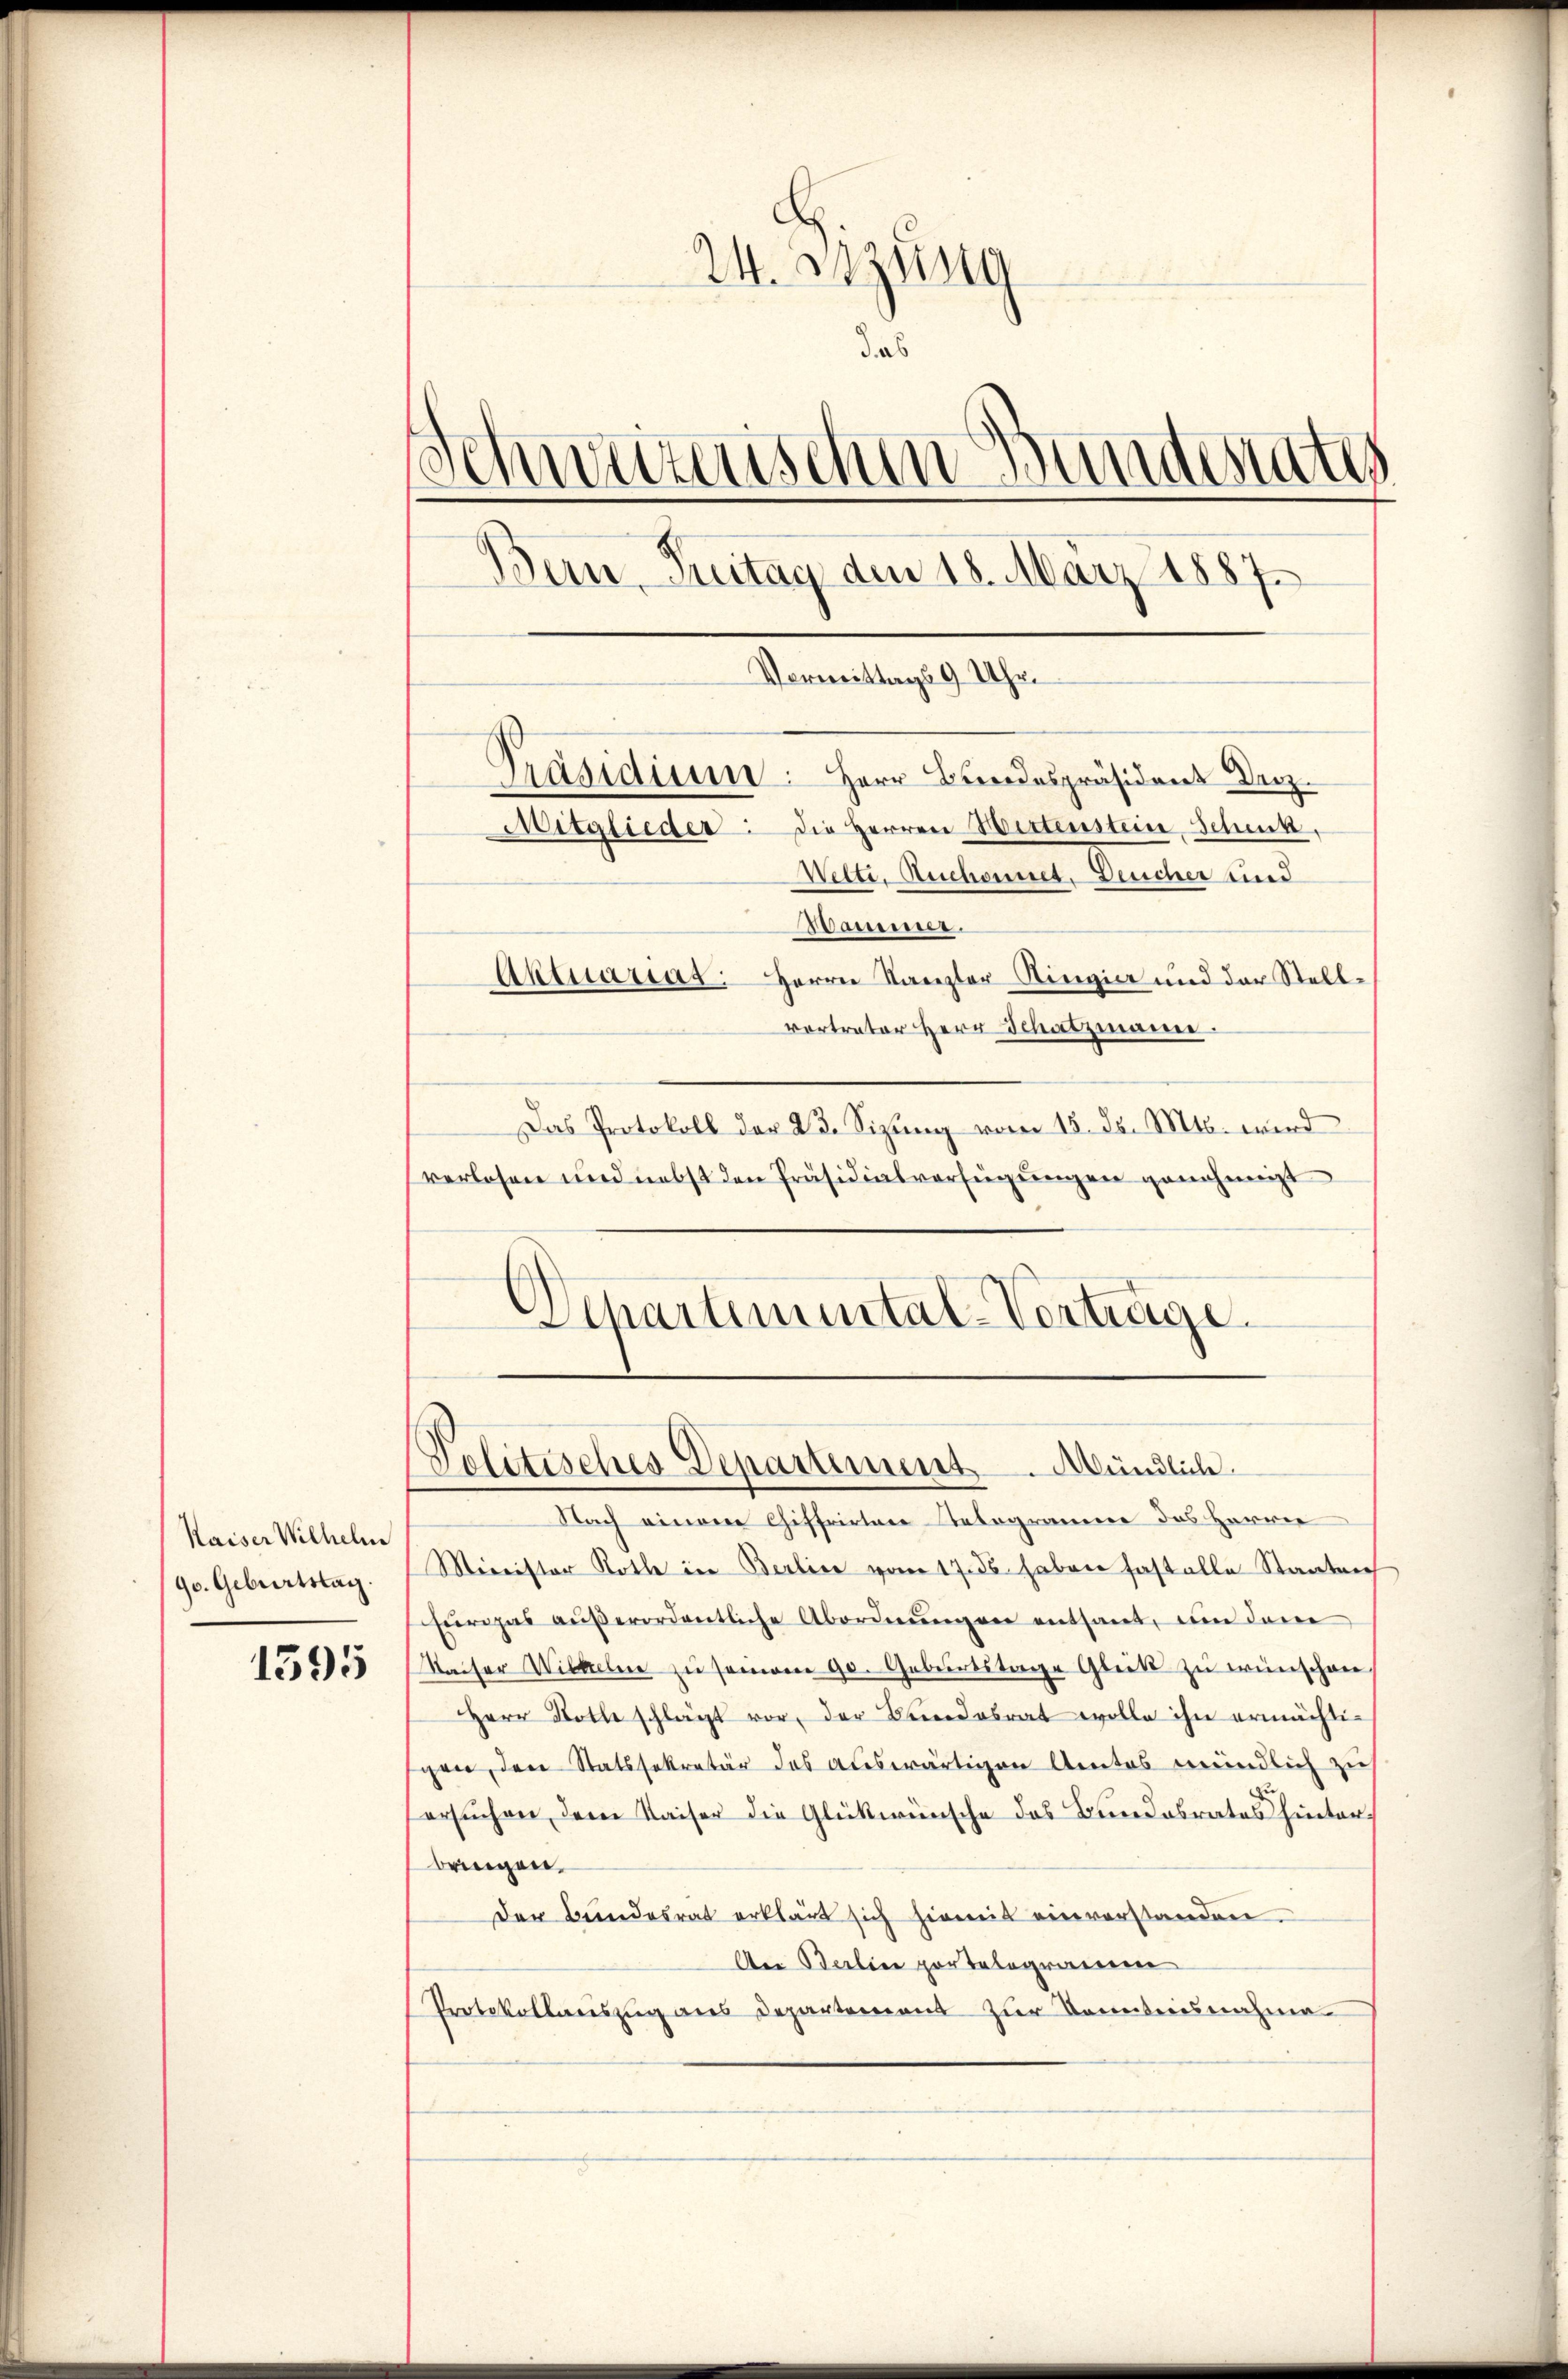
Kaiser Wilhelm
90. Geburtstag.

1395

24. Bzung
das
Schweizerischen Bundestatt
Bern, Tritag den 18. März 1887.
Vormittags 9 Uhr
Präsidium. Herr Bundespräsident Dez.
Mitglieder: Die Herren Wettenstein, Schenk.
Welti. Auchonnet. Deucher und
Bammer.
Aktuariat. Herrn Kanzler Ringia und der Stellvertrater Herr Schatzmann.

Das Protokoll der 23. Sizung vom 15. d. Mts. wird
verlosen und nebst den Präsidialverfügungen genehmigt
Departemental-Verträge.

Politisches Departement. Mündlich.

Nach einem Chiffrirten Retogram des Herrn
Minister Rothe in Berlier vom 17. ds haben fast alle Staatsach
Füriges aŭβerordentliche Abordnŭngen entsant, um den
Kaiser Wiedeln zu seinem 90. Geburtstage Glückt zu wünschen,
Herr Stolle schlägt vor, der Bundesrat wolle ihn ermächtigen, den Statssekretär des auswärtigen Amtes mündlich zu
ersuchen, dem Kaiser die Glückwünsche des Bundesrates hinterbringen.
Der Bundesrat erklärt sich hiemit einverstanden.
An Berlin par telegramm
Protokollauszug aus Departement zur Kenntnisnahme